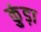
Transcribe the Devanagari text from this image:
कुंड़ा